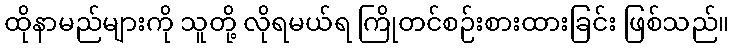
ထိုနာမည်များကို သူတို့ လိုရမယ်ရ ကြိုတင်စဉ်းစားထားခြင်း ဖြစ်သည်။